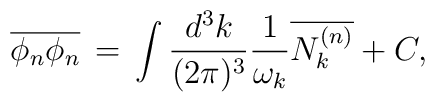
\overline{\phi_{n}\phi_{n}}\,=\,\int \frac{d^{3}k}{(2\pi)^{3}}\frac{1}{\omega_{k}} \overline{N_{k}^{(n)}}+C,